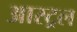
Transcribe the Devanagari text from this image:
आस्ट्रल